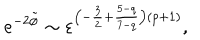
e ^ { - 2 \tilde { \phi } } \sim \varepsilon ^ { \left( - \frac { 3 } { 2 } + \frac { 5 - q } { 7 - q } \right) \left( p + 1 \right) } ,